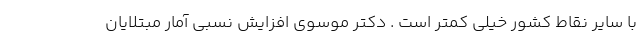
با سایر نقاط کشور خیلی کمتر است . دکتر موسوی افزایش نسبی آمار مبتلایان